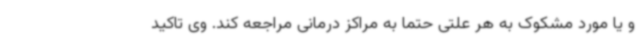
و یا مورد مشکوک به هر علتی حتما به مراکز درمانی مراجعه کند. وی تاکید